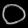
Digit: ၀